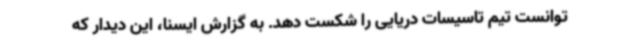
توانست تیم تاسیسات دریایی را شکست دهد. به گزارش ایسنا، این دیدار که